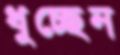
ধুচ্ছেন